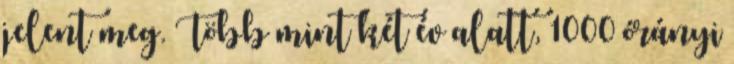
jelent meg. Több mint két év alatt, 1000 órányi